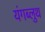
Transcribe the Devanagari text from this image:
यंगब्लुथ